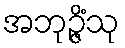
အဘုဉ္ဇိံသု